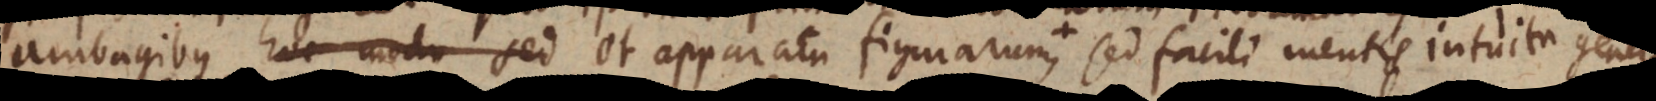
modo sed et apparatu figurarum, sed facili mentis intuitu de